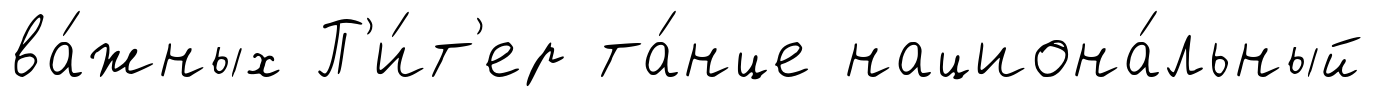
ва́жных П'и́т'ер та́нце национа́льный